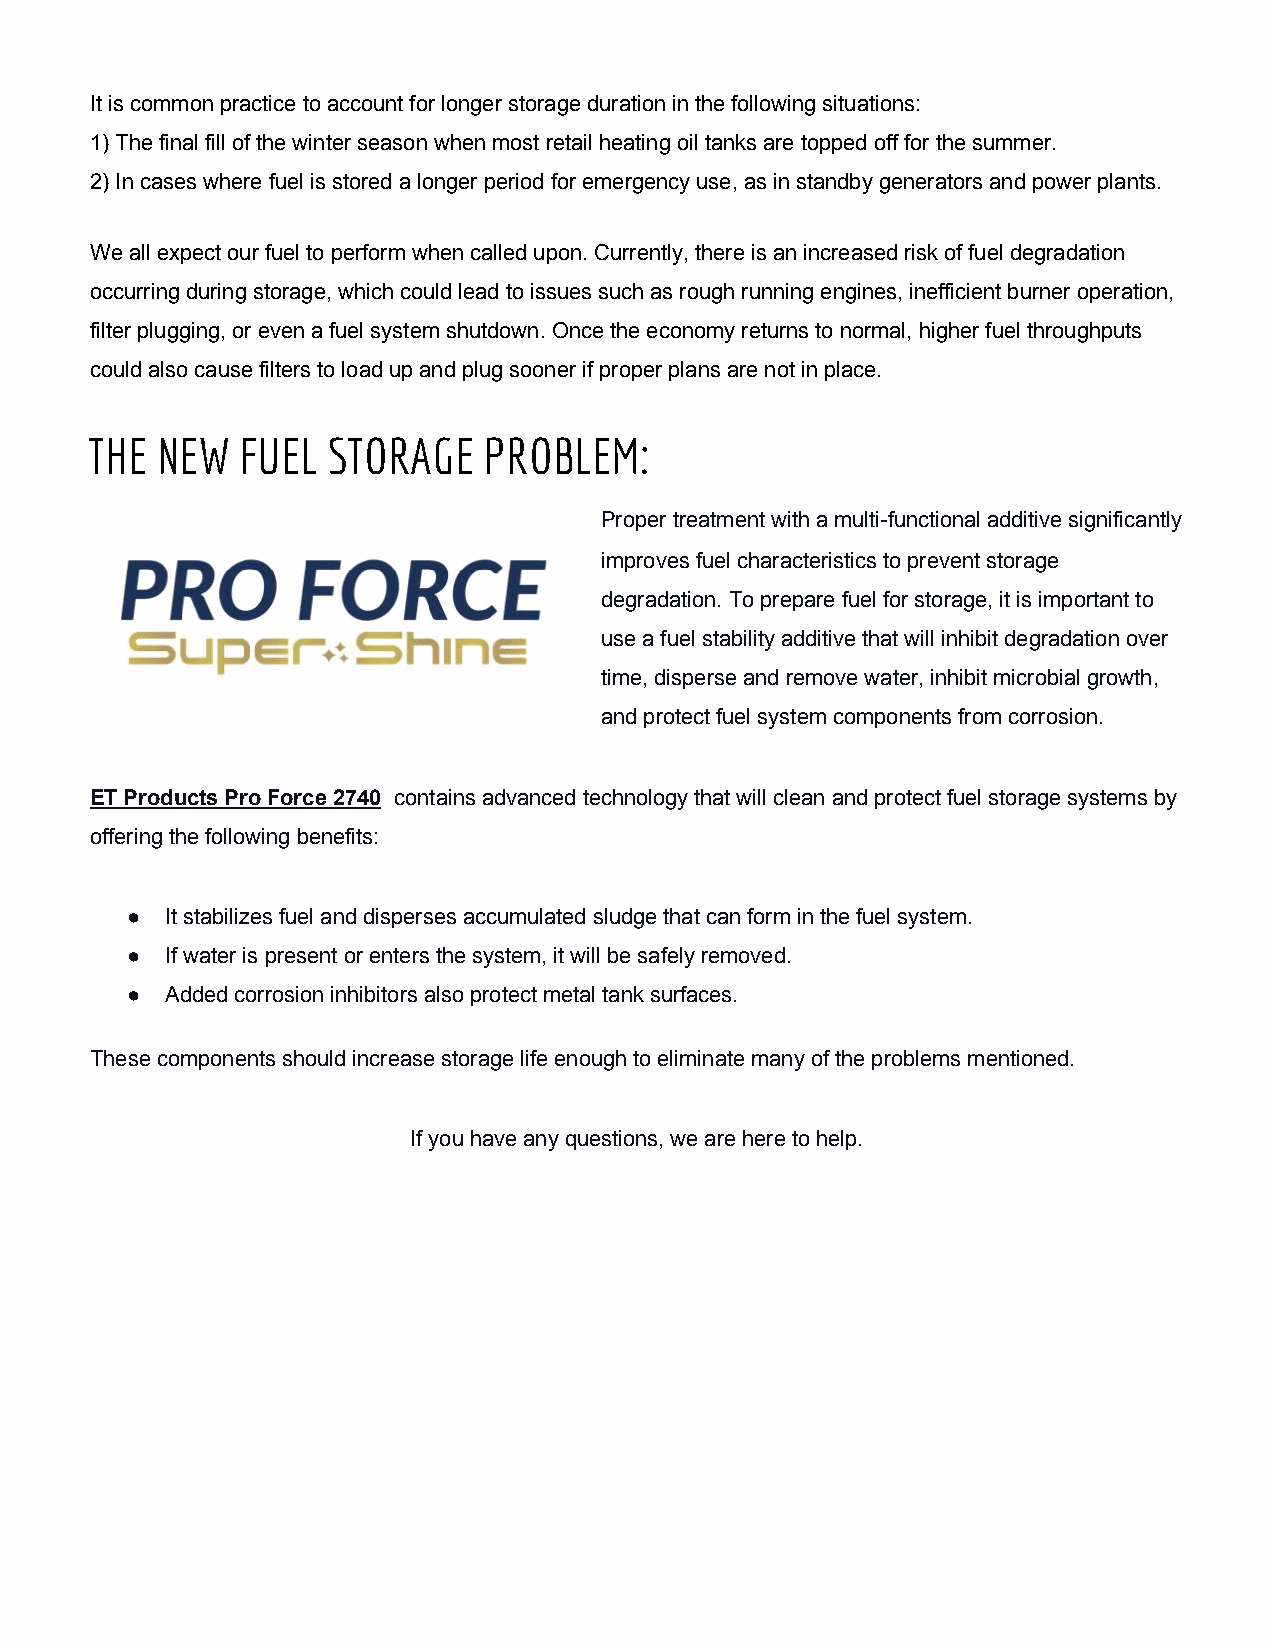
It is common practice to account for longer storage duration in the following situations:
 1) The final fill of the winter season when most retail heating oil tanks are topped off for the summer.
 2) In cases where fuel is stored a longer period for emergency use, as in standby generators and power plants.
 We all expect our fuel to perform when called upon. Currently, there is an increased risk of fuel degradation
 occurring during storage, which could lead to issues such as rough running engines, inefficient burner operation,
 filter plugging, or even a fuel system shutdown. Once the economy returns to normal, higher fuel throughputs
 could also cause filters to load up and plug sooner if proper plans are not in place.
 THE NEW   FUEL  STORAGE   PROBLEM:
 Proper treatment with a multi-functional additive significantly
 improves fuel characteristics to prevent storage
 degradation. To prepare fuel for storage, it is important to
 use a fuel stability additive that will inhibit degradation over
 time, disperse and remove water, inhibit microbial growth,
 and protect fuel system components from corrosion.
 ET Products Pro Force 2740 contains advanced technology that will clean and protect fuel storage systems by
 ​ ​
 offering the following benefits:
 ●  It stabilizes fuel and disperses accumulated sludge that can form in the fuel system.
 ●  If water is present or enters the system, it will be safely removed.
 ●  Added corrosion inhibitors also protect metal tank surfaces.
 These components should increase storage life enough to eliminate many of the problems mentioned.
 If you have any questions, we are here to help.